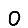
Digit: 0